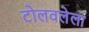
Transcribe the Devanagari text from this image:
टोलवलेला